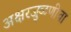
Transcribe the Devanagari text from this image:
अक्षरजुळणीचा